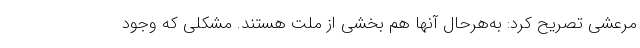
مرعشی تصریح کرد: به‌هرحال آنها هم بخشی از ملت هستند. مشکلی که وجود